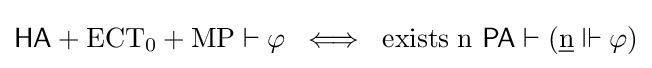
{\mathsf {HA}}+{\mathrm {ECT_{0}} }+{\mathrm {MP} }\vdash \varphi \;\iff \;{\text{exists}}\;{\mathrm {n} }\ {\mathsf {PA}}\vdash ({\underline {\mathrm {n} }}\Vdash \varphi )